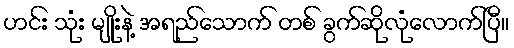
ဟင်း သုံး မျိုးနဲ့ အရည်သောက် တစ် ခွက်ဆိုလုံလောက်ပြီ။